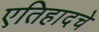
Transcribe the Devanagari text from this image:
एतिहादचे